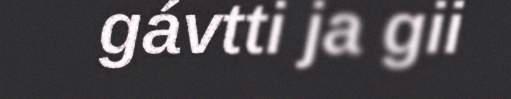
gávtti ja gii